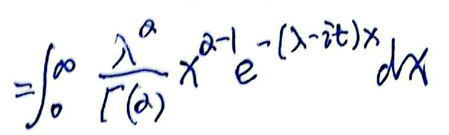
\[
=\int_{0}^{\infty} \frac{\lambda^{\alpha}}{\Gamma(\alpha)} x^{\alpha - 1} e^{-(\lambda - i t)x} dx
\]